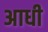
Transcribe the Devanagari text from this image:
अाधी